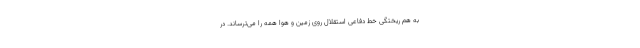
به هم ریختگی خط دفاعی استقلال روی زمین و هوا همه را می‌ترساند. در